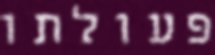
פעולתו